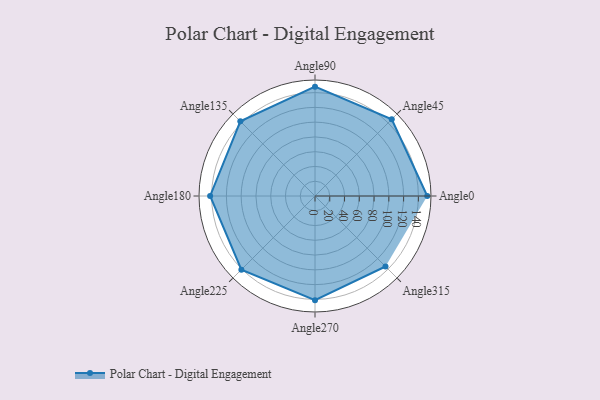
{"axis": {"x": "Angle", "y": "Radius"}, "legend": [""], "data": [{"x": "Angle0", "y": 152.0, "type": ""}, {"x": "Angle45", "y": 147.0, "type": ""}, {"x": "Angle90", "y": 148.0, "type": ""}, {"x": "Angle135", "y": 143.0, "type": ""}, {"x": "Angle180", "y": 142.0, "type": ""}, {"x": "Angle225", "y": 141.0, "type": ""}, {"x": "Angle270", "y": 141.0, "type": ""}, {"x": "Angle315", "y": 135.0, "type": ""}]}